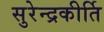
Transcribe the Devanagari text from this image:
सुरेन्द्रकीर्ति